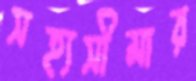
সহ্যসীমার